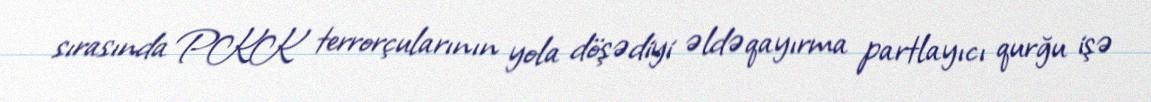
sırasında PKK terrorçularının yola döşədiyi əldəqayırma partlayıcı qurğu işə